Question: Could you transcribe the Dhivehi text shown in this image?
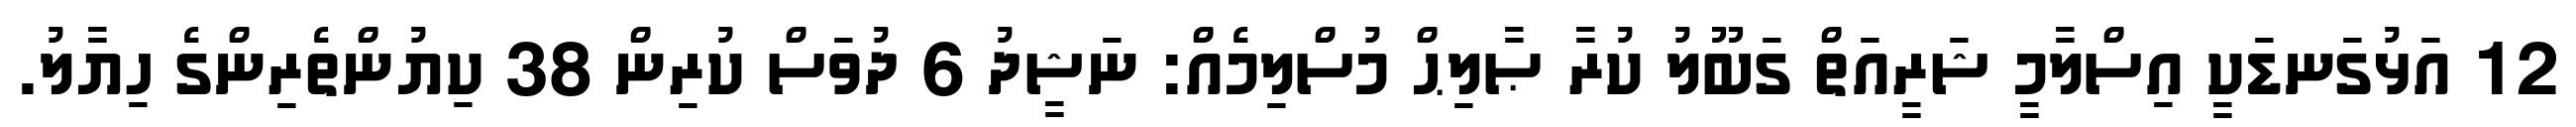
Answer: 12 އަޅުގަނޑަކީ އިސްލާމީ ޝަރީއަތް ގަބޫލު ކުރާ ޞާލިޙް މުސްލިމެއް: ނަޝީދު 6 ދުވަސް ކުރިން 38 ކިޔުންތެރިންގެ ހިޔާލު.